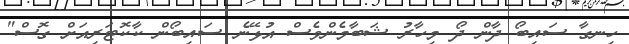
ހިނގާ ސައިބޯ ދާން ދޯ މިހާރު ޝަބާމެންވެސް އުޅޭނެ ސައިބޯން ކާކޮޓަރިއަށް ގޮސް"